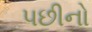
પછીનો